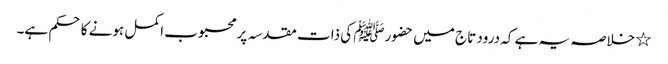
٭ خلاصہ یہ ہے کہ درود تاج میں حضورﷺ کی ذات مقدسہ پر محبوب اکمل ہونے کا حکم ہے۔